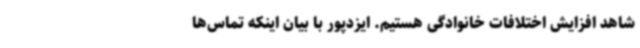
شاهد افزایش اختلافات خانوادگی هستیم. ایزدپور با بیان اینکه تماس‌ها